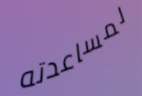
لمساعدته